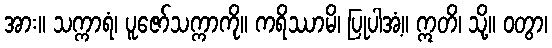
အား။ သက္ကာရံ၊ ပူဇော်သက္ကာကို။ ကရိဿာမိ၊ ပြုပါအံ့။ ဣတိ၊ သို့။ ဝတွာ၊